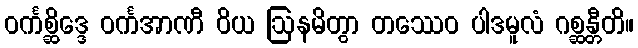
ဝင်္ကစ္ဆိဒ္ဒေ ဝင်္ကအာဏီ ဝိယ ဩနမိတွာ တဿေဝ ပါဒမူလံ ဂစ္ဆန္တီတိ။